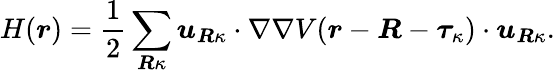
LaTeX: H(\boldsymbol{r})=\frac{1}{2}\sum_{\boldsymbol{R}\kappa}\boldsymbol{u}_{\boldsymbol{R}\kappa}\cdot\nabla\nabla V(\boldsymbol{r}-\boldsymbol{R}-\boldsymbol{\tau}_{\kappa})\cdot\boldsymbol{u}_{\boldsymbol{R}\kappa}.